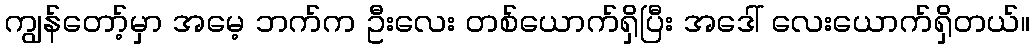
ကျွန်တော့်မှာ အမေ့ ဘက်က ဦးလေး တစ်ယောက်ရှိပြီး အဒေါ် လေးယောက်ရှိတယ်။